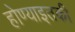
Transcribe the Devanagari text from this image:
होण्याइतकी